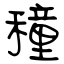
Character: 穜